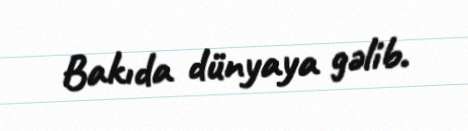
Bakıda dünyaya gəlib.